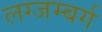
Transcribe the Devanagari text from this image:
लग्जम्बर्ग